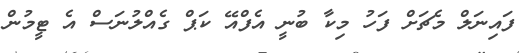
ފައިނަލް މެޗަށް ފަހު މިކާ ބުނީ އެފްއޭ ކަޕް ގެއްލުނަސް އެ ޓީމުން